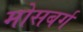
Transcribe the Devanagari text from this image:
मोसबर्ग